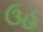
ઉહ